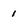
Character: 1